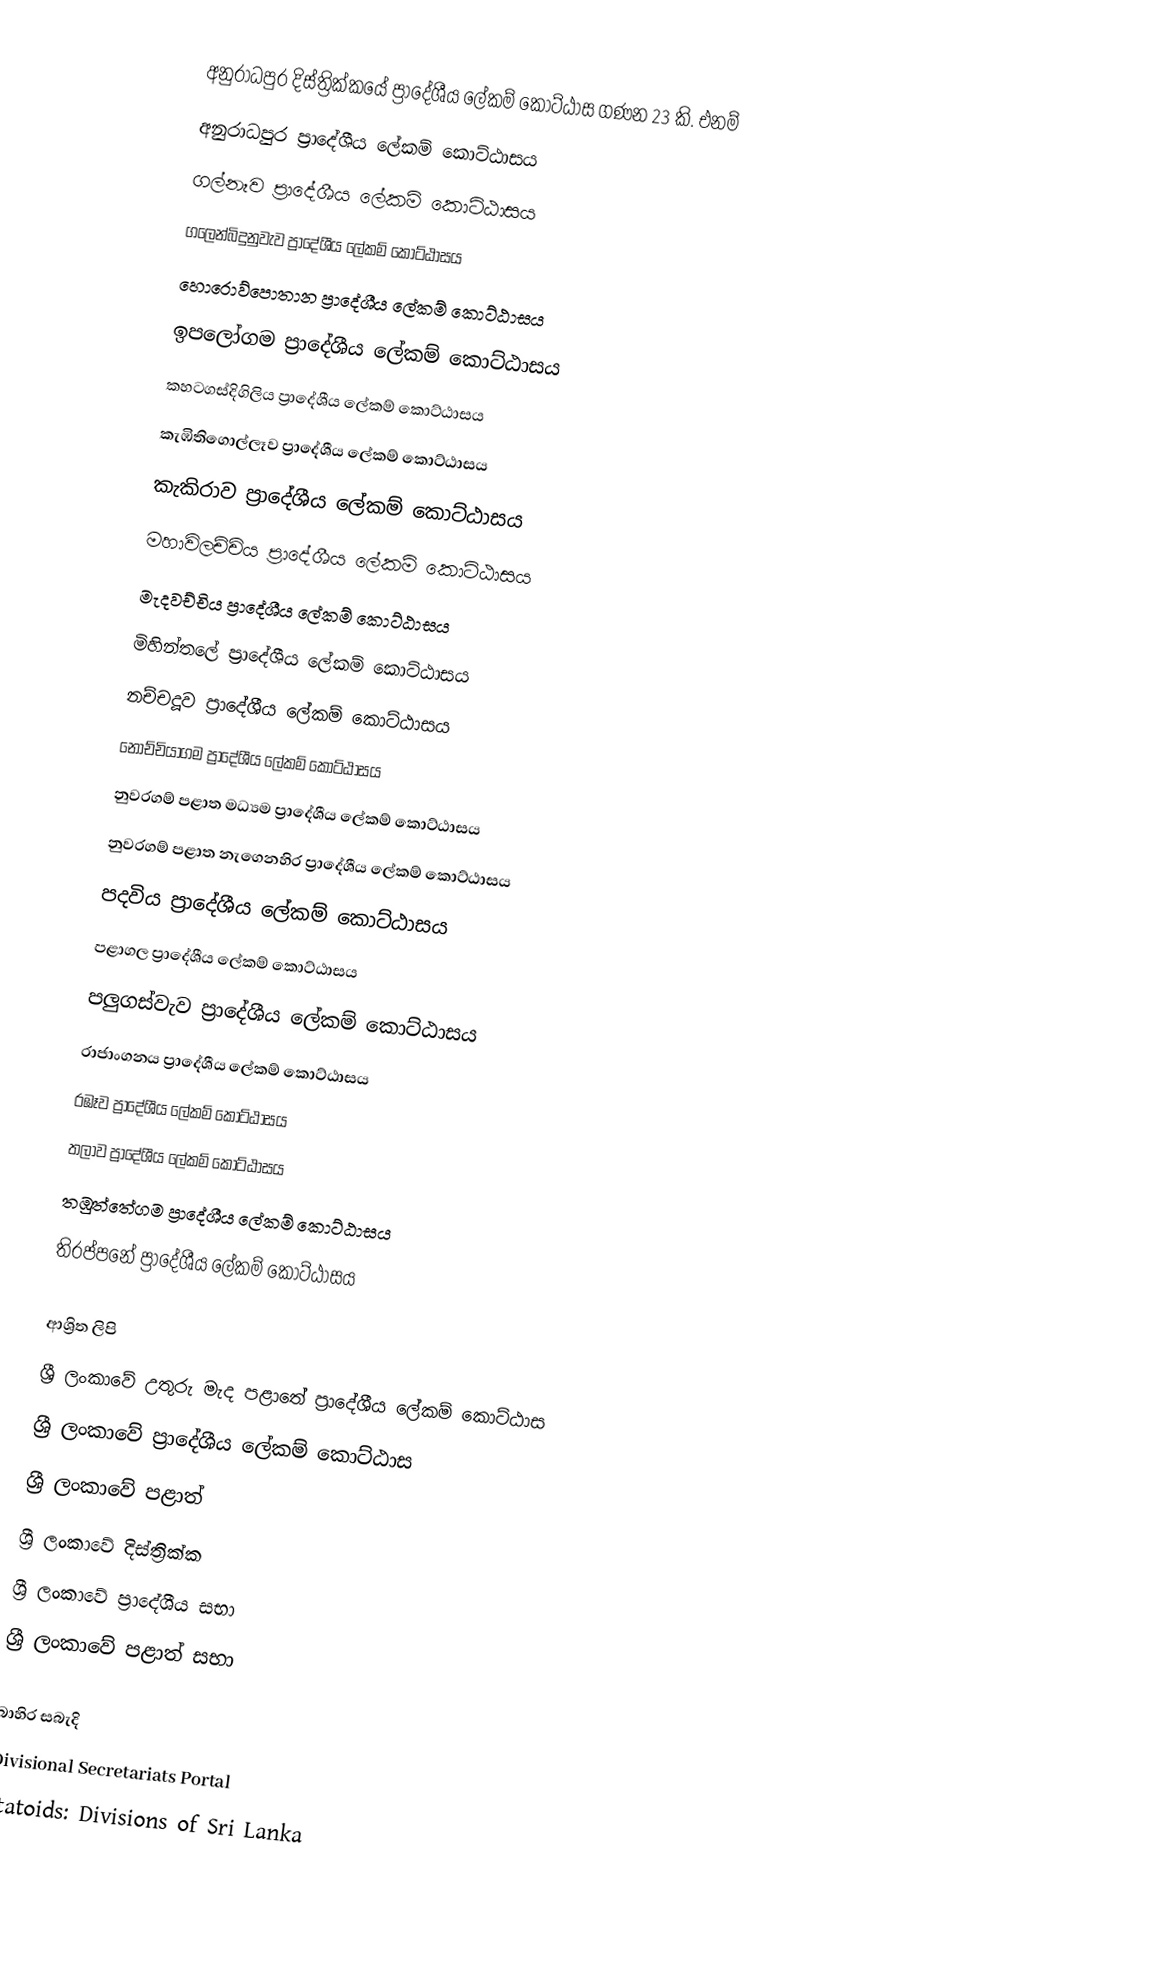
අනුරාධපුර දිස්ත්‍රික්කයේ ප්‍රාදේශීය ලේකම් කොට්ඨාස ගණන 23 කි. එනම්
 අනුරාධපුර ප්‍රාදේශීය ලේකම් කොට්ඨාසය
 ගල්නෑව ප්‍රාදේශීය ලේකම් කොට්ඨාසය
 ගලෙන්බිදුනුවැව ප්‍රාදේශීය ලේකම් කොට්ඨාසය
 හොරොව්පොතාන ප්‍රාදේශීය ලේකම් කොට්ඨාසය
 ඉපලෝගම ප්‍රාදේශීය ලේකම් කොට්ඨාසය
 කහටගස්දිගිලිය ප්‍රාදේශීය ලේකම් කොට්ඨාසය
 කැඹිතිගොල්ලෑව ප්‍රාදේශීය ලේකම් කොට්ඨාසය
 කැකිරාව ප්‍රාදේශීය ලේකම් කොට්ඨාසය
 මහාවිලච්චිය ප්‍රාදේශීය ලේකම් කොට්ඨාසය
 මැදවච්චිය ප්‍රාදේශීය ලේකම් කොට්ඨාසය
 මිහින්තලේ ප්‍රාදේශීය ලේකම් කොට්ඨාසය
 නච්චදූව ප්‍රාදේශීය ලේකම් කොට්ඨාසය
 නොච්චියාගම ප්‍රාදේශීය ලේකම් කොට්ඨාසය
 නුවරගම් පළාත මධ්‍යම ප්‍රාදේශීය ලේකම් කොට්ඨාසය
 නුවරගම් පළාත නැගෙනහිර ප්‍රාදේශීය ලේකම් කොට්ඨාසය
 පදවිය ප්‍රාදේශීය ලේකම් කොට්ඨාසය
 පළාගල ප්‍රාදේශීය ලේකම් කොට්ඨාසය
 පලුගස්වැව ප්‍රාදේශීය ලේකම් කොට්ඨාසය
 රාජාංගනය ප්‍රාදේශීය ලේකම් කොට්ඨාසය
 රඹෑව ප්‍රාදේශීය ලේකම් කොට්ඨාසය
 තලාව ප්‍රාදේශීය ලේකම් කොට්ඨාසය
 තඹුත්තේගම ප්‍රාදේශීය ලේකම් කොට්ඨාසය
 තිරප්පනේ ප්‍රාදේශීය ලේකම් කොට්ඨාසය

ආශ්‍රිත ලිපි
 ශ්‍රී ලංකාවේ උතුරු මැද පළාතේ ප්‍රාදේශීය ලේකම් කොට්ඨාස
 ශ්‍රී ලංකාවේ ප්‍රාදේශීය ලේකම් කොට්ඨාස
 ශ්‍රී ලංකාවේ පළාත්
 ශ්‍රී ලංකාවේ දිස්ත්‍රික්ක
 ශ්‍රී ලංකාවේ ප්‍රාදේශීය සභා
 ශ්‍රී ලංකාවේ පළාත් සභා

බාහිර සබැදි
 Divisional Secretariats Portal
 Statoids: Divisions of Sri Lanka